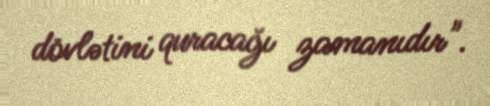
dövlətini quracağı zamanıdır".